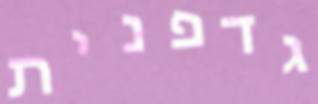
גדפנית